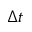
\Delta t